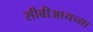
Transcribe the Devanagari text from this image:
सीबीआयच्या